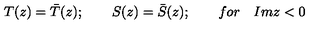
T ( z ) = \bar { T } ( z ) ; \qquad S ( z ) = \bar { S } ( z ) ; \qquad f o r \quad I m z < 0